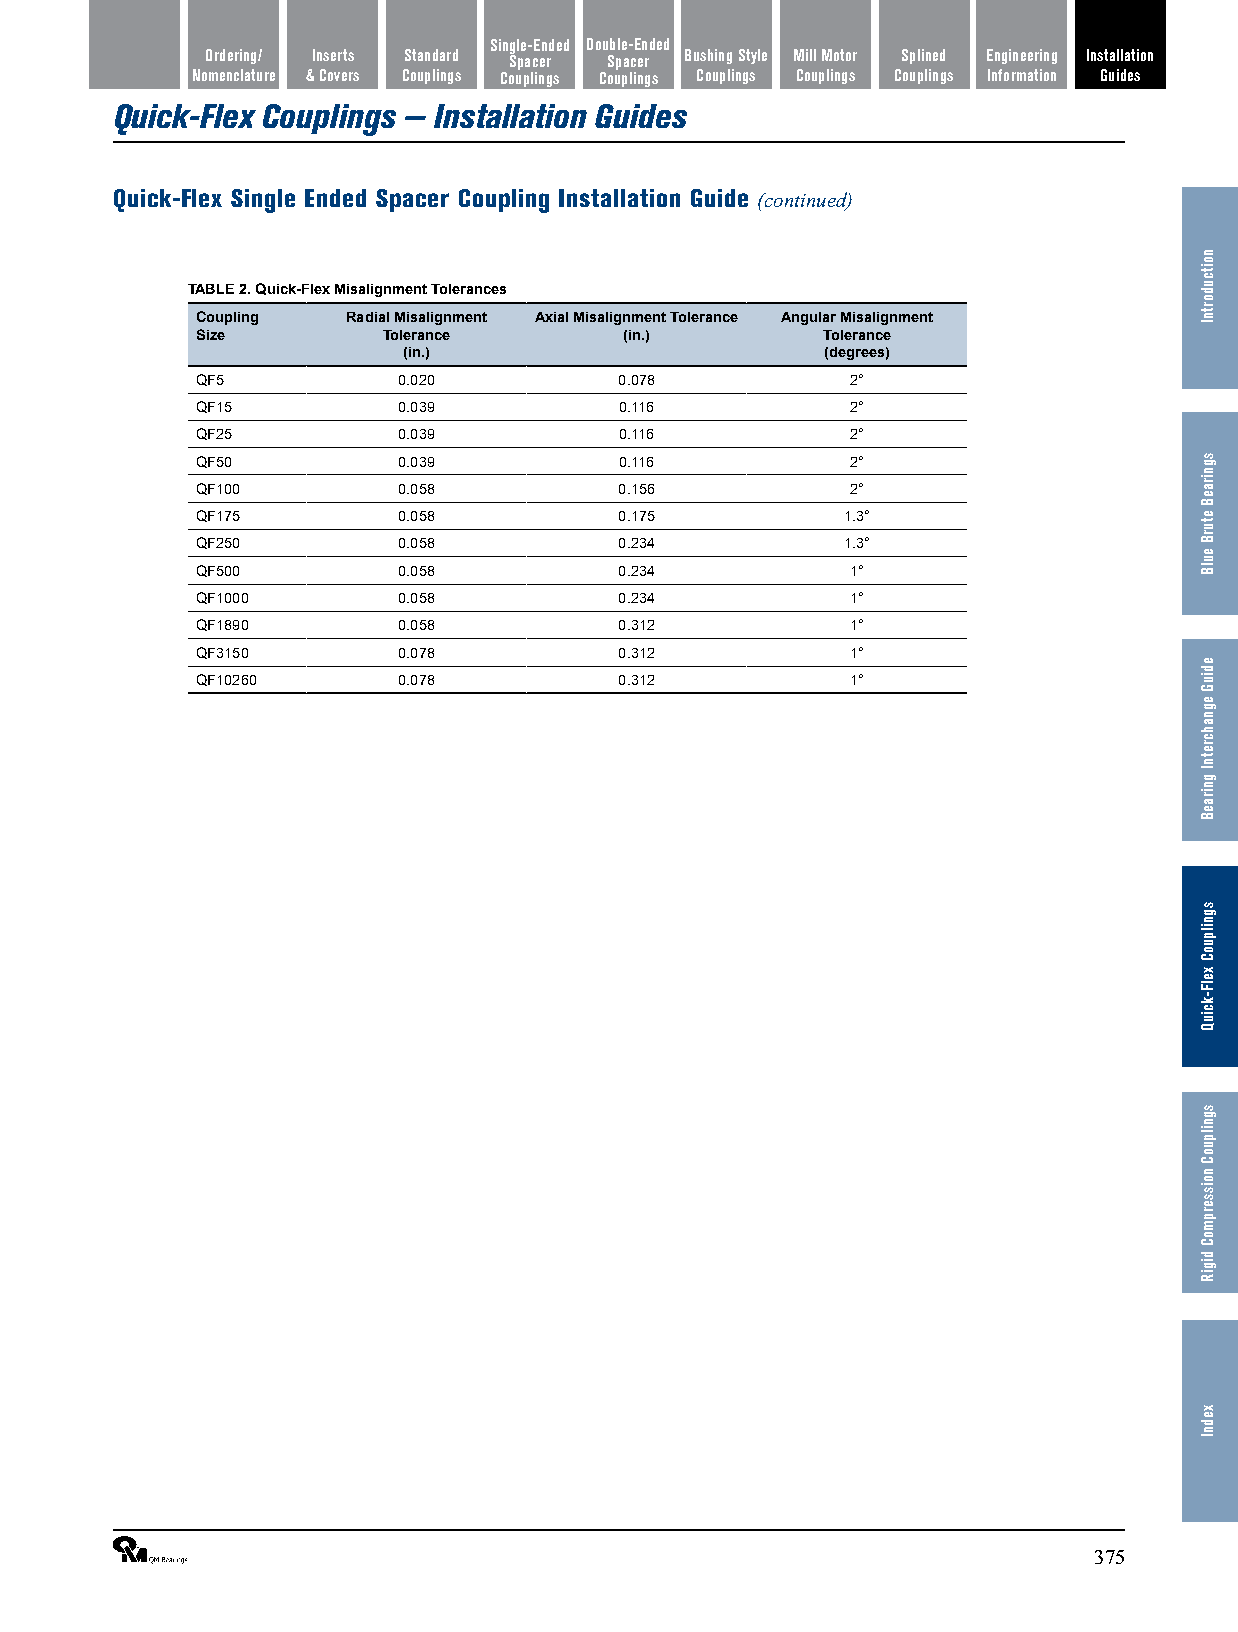
Single-Ended Double-Ended
 Features/ Ordering/ Inserts Standard Spacer Spacer Bushing Style Mill Motor Splined Engineering Installation
 Benefits Nomenclature & Covers Couplings Couplings Couplings Couplings Couplings Couplings Information Guides
 Quick-Flex Couplings — Installation Guides
 Quick-Flex Single Ended Spacer Coupling Installation Guide (continued)
 TABLE 2. Quick-Flex Misalignment Tolerances
 Coupling  Radial Misalignment Axial Misalignment Tolerance Angular Misalignment
 Size        Tolerance       (in.)        Tolerance
 (in.)                       (degrees)
 QF5          0.020          0.078          2°
 QF15         0.039          0.116          2°
 QF25         0.039          0.116          2°
 QF50         0.039          0.116          2°
 QF100        0.058          0.156          2°
 QF175        0.058          0.175          1.3°
 QF250        0.058          0.234          1.3°
 QF500        0.058          0.234          1°
 QF1000       0.058          0.234          1°
 QF1890       0.058          0.312          1°
 QF3150       0.078          0.312          1°
 QF10260      0.078          0.312          1°
 ®                                                              375
 noitcudortnI
 sgniraeB
 eturB
 eulB
 ediuG
 egnahcretnI
 gniraeB
 sgnilpuoC
 xelF-kciuQ
 sgnilpuoC
 noisserpmoC
 digiR
 xednI